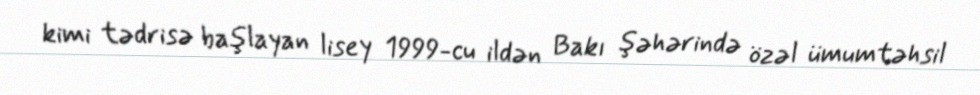
kimi tədrisə başlayan lisey 1999-cu ildən Bakı şəhərində özəl ümumtəhsil